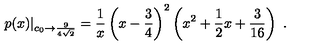
p ( x ) | _ { c _ { 0 } \to { \frac { 9 } { 4 \sqrt { 2 } } } } = { \frac { 1 } { x } } \left( x - { \frac { 3 } { 4 } } \right) ^ { 2 } \left( x ^ { 2 } + { \frac { 1 } { 2 } } x + { \frac { 3 } { 1 6 } } \right) \ .